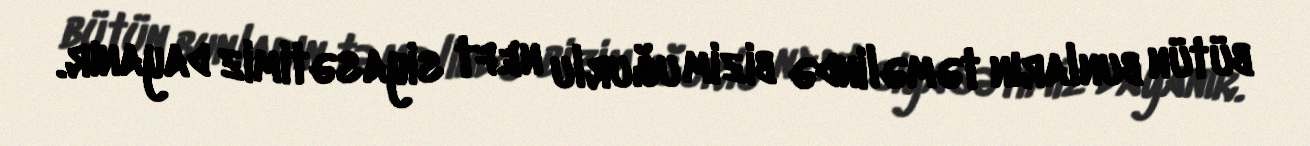
bütün bunların təməlində bizim uğurlu neft siyasətimiz dayanır.